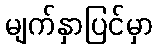
မျက်နှာပြင်မှာ